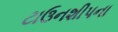
ટાઉનશીપના